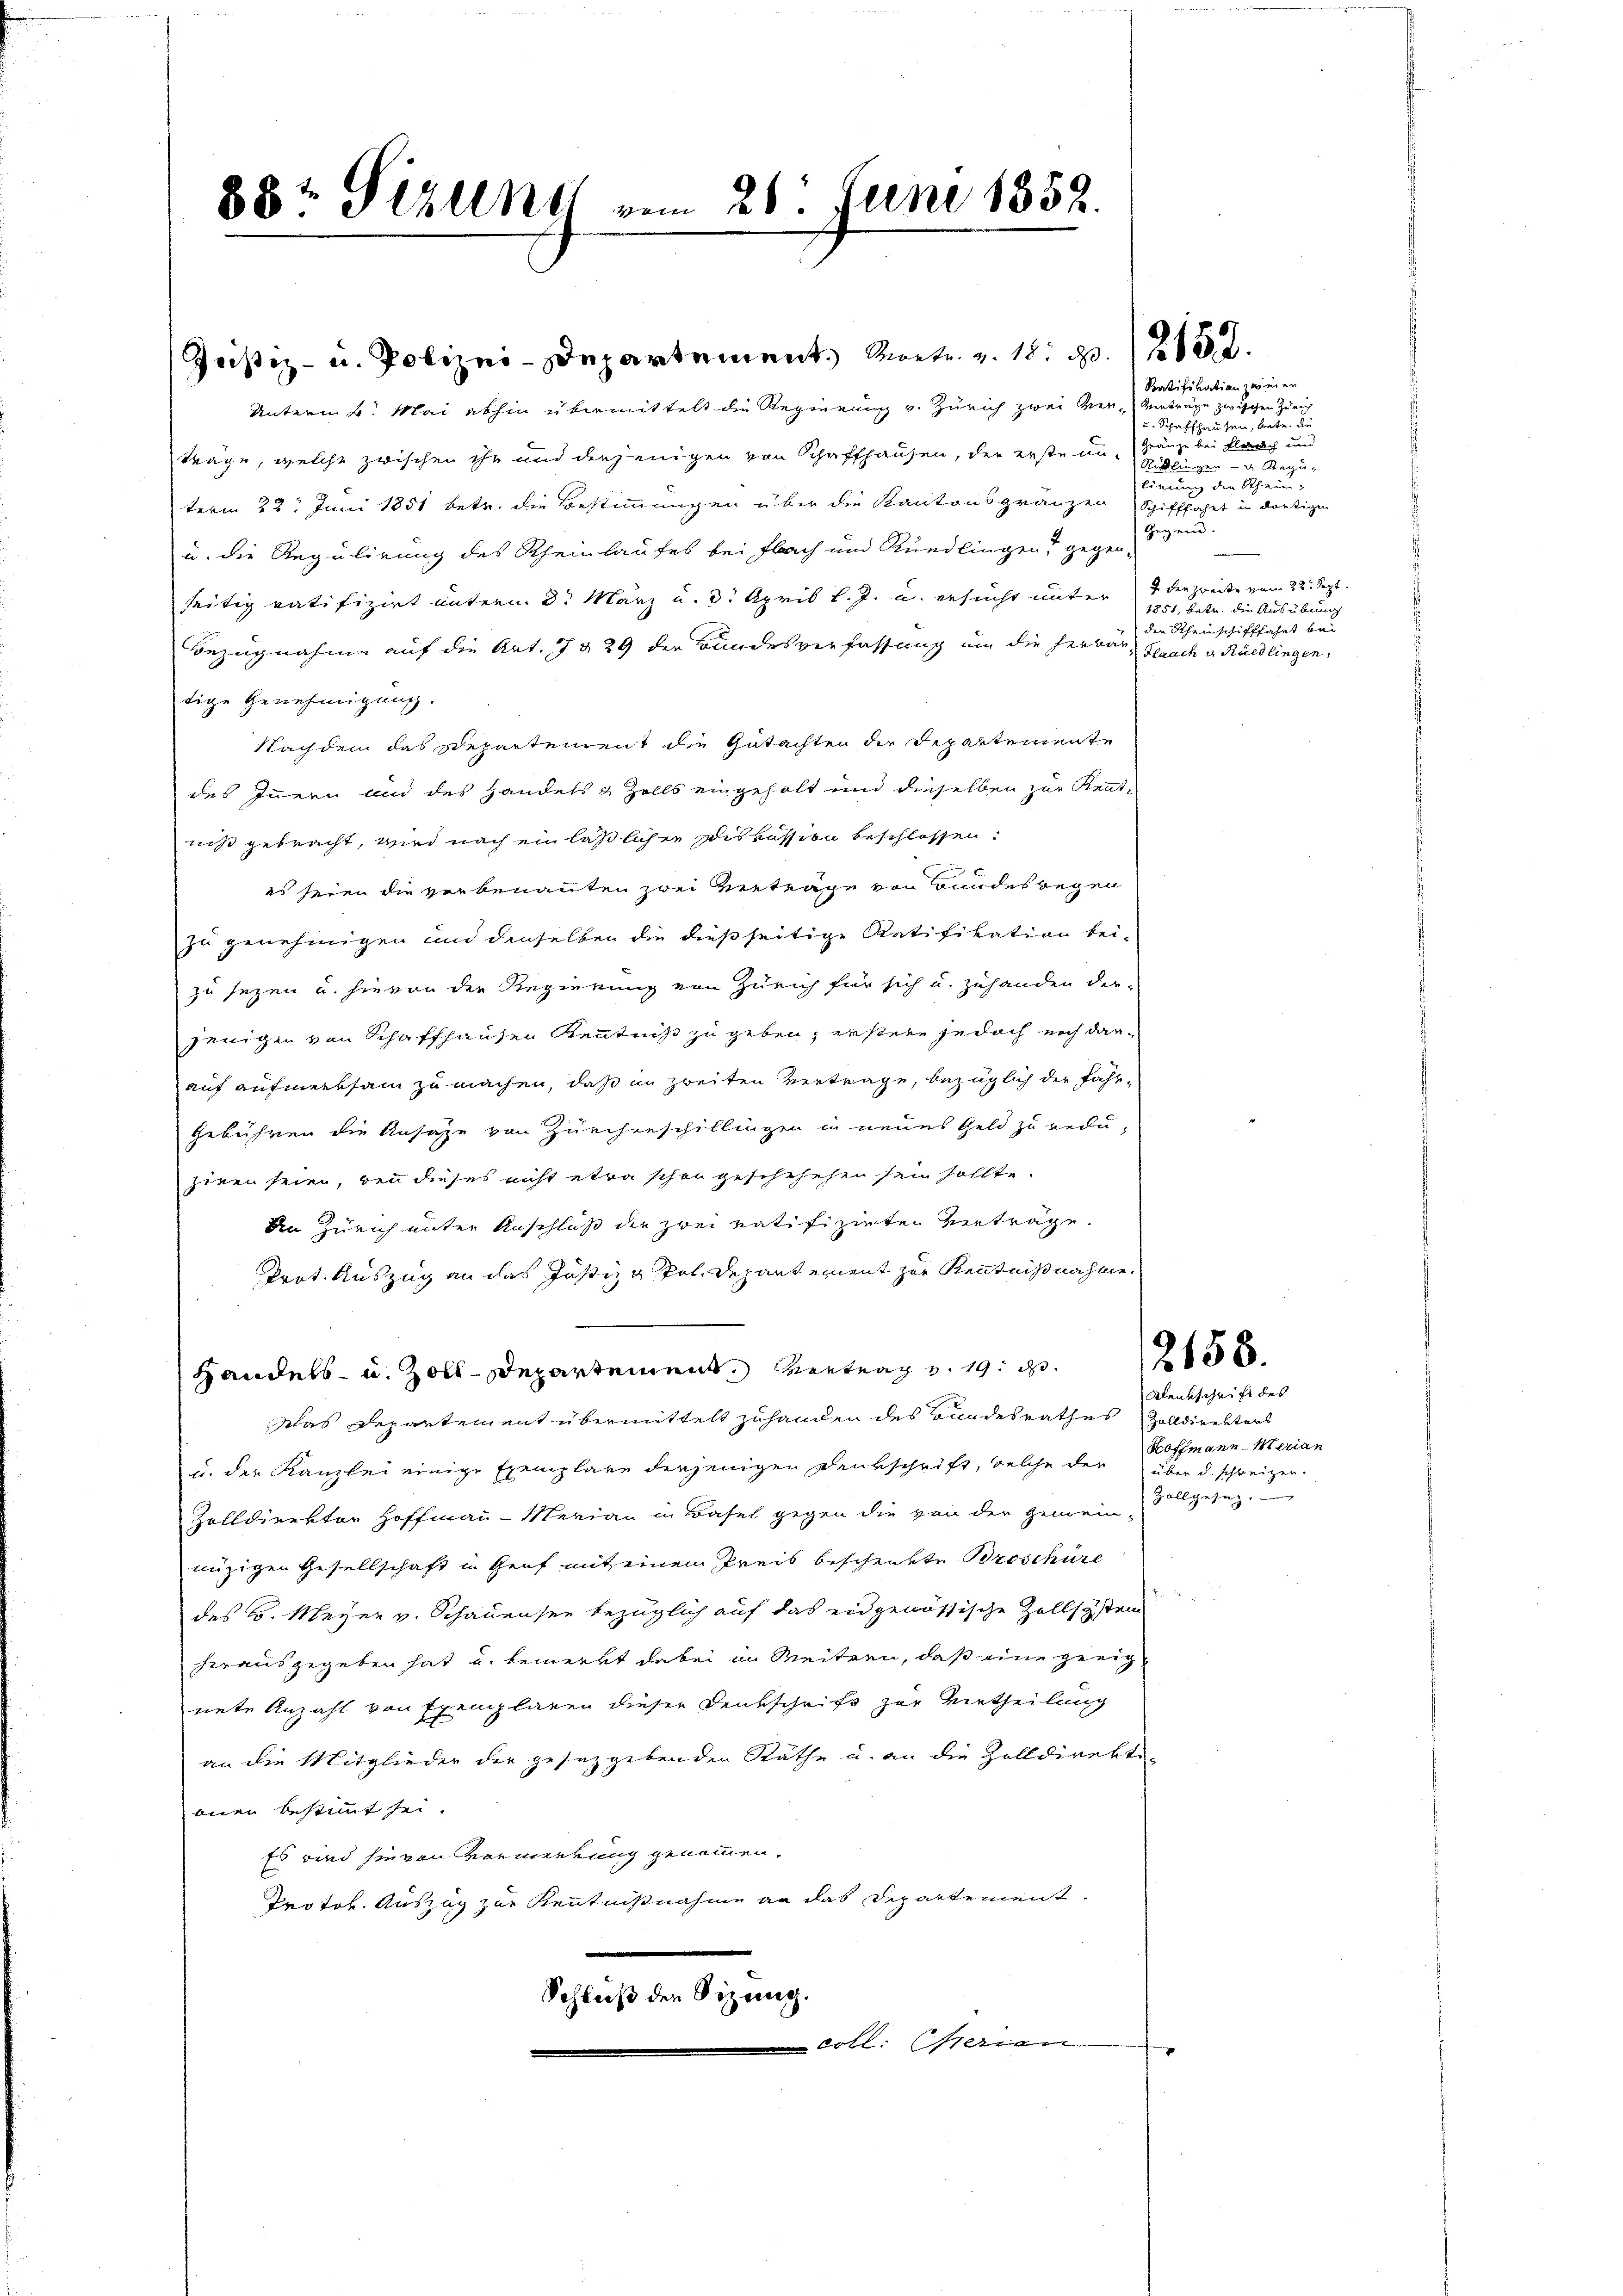
Unterm 4. Mai abhin übermittelt die Regierung v. Zürich zwei Ver-Verträge zwischen Zürich
träge, welche zwischen ihr und derjenigen von Schaffhausen, der erste an Gränze bei Flaach und
term 23. Juni 1851 betr. die Bestimmungen über die Kantonsgränzen Schifffahrt in dortigen
u. die Regulirung des Rheinlaufes bei Flach und Rüedlingen gegen-
seitig ratifizirt unterm 2. März u. 3. April l. J. u. ersucht unter 4 der zweite vom 22. Sept.
Bezugnahme auf die Art. 7 § 29 der Bundesverfassung um die Herbar Sprach u. Rüedlingen,
tige Genehmigung.
Nachdem das Departenrent die Gutachten der Departemente
des Innern und des Handels & Zolls eingeholt und dieselben zur Kennt-
niß gebracht, wird nach ein laßlichen Diskussion beschlossen:

es seien die verbenannten zwei Verträge von Bundeswegen
zu genehmigen und denselben die dießseitige Ratifikation bei-
zu sezen u. hievon der Regierung von Zürich für sich u. zuhanden der-
jenigen von Schaffhausen Kenntniß zu geben, erstere jedoch noch darauf aufmerksam zu machen, daß in zweiten Vertrage, bezüglich der Fahr-
Gebühren die Ansage von Zürchenschillingen in neues Geld zu reduzinen seien, den dieses nicht etwa schon geschehehen sein sollte.
An Zürich unter Anschluß der zwei ratifizirten Verträge
prot. Auszug an das Justiz g pol. Departement zur Kenntnißnahme
Handels- u. Zoll-Departement. Vertrag v. 19. d.
Das Departement übermittelt zuhanden des Bundesrathes Zolldirektors
u. der Kanzlei einige Exemplare derjenigen Denkschrift, welche der über d. schweizer-
Zolldirektor Hoffmann-Merian in Basel gegen die von der Gemein-
nüzigen Gesellschaft in Genf mit einem Preis beschenkte Broschüre
des k. Meyer v. Schauensee bezüglich auf das eidgenössische Zollsystem
herausgegeben hat und bemerkt dabei in Weitern, daß eine geeignete Anzahl von Exemplaren dieser Denkschrift zur Vertheilung
an die Mitglieder der gesetzgebenden Räthe u. an die Zolldirektimen bestimmt sei.
Es wird hievon Vormerkung genommen.
Protok. Auszug zur Kenntnißnahme an das Departement.
Schluß der Sitzung.
coll. Serien

88t Sizung vom 26. Juni 1852.

Justiz- u. Polizei-Departement. Soetr. v. 18. 30. 2152.

Sentifikation zweien
u. Schaffhausen, betr. die
Rüdlingen Regulirung der Rhein-
Gegen.
1851, betr. die Ausübung
den Rheinschifffahrt bei

2158.

Denkschrift des
Hoffmann Merian
Fall gesung de